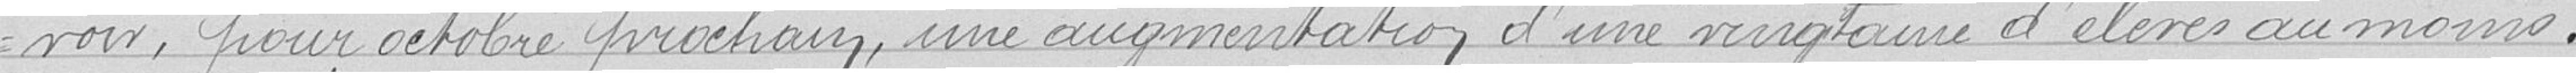
voir, pour octobre prochain, une augmentation d'une vingtaine d'élèves au moins.